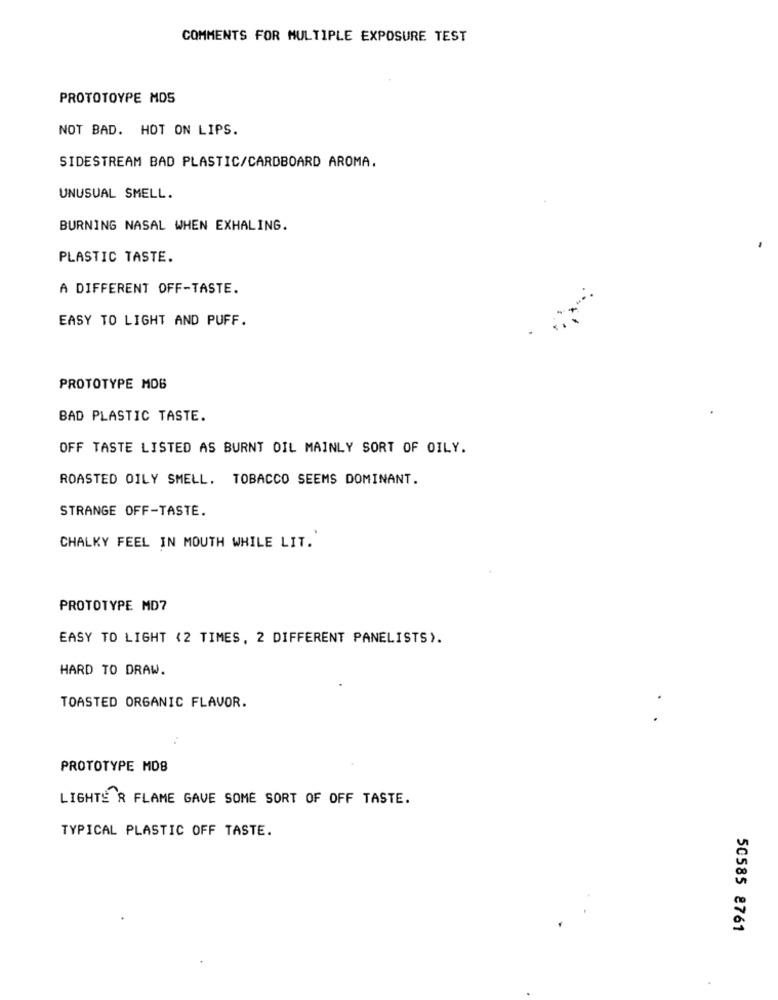
COMMENTS FOR MULTIPLE EXPOSURE TEST
PROTOTOYPE MOS
NOT BAD. HOT ON LIPS.
SIDESTREAM BAD PLASTIC/CARDBOARD AROMA.
UNUSUAL SMELL.
BURNING NASAL WHEN EXHALING.
PLASTIC TASTE.
A DIFFERENT OFF-TASTE.
EASY TO LIGHT AND PUFF.
PROTOTYPE MOB
BAD PLASTIC TASTE.
OFF TASTE LISTED AS BURNT OIL MAINLY SORT OF OILY.
ROASTED OILY SMELL. TOBACCO SEEMS DOMINANT.
STRANGE OFF-TASTE.
CHALKY FEEL IN MOUTH WHILE LIT.
PROTOTYPE MD7
EASY TO LIGHT (2 TIMES, 2 DIFFERENT PANELISTS).
HARD TO DRAW.
TOASTED ORGANIC FLAVOR.
PROTOTYPE MDB
LIGHTER FLAME GAVE SOME SORT OF OFF TASTE.
TYPICAL PLASTIC OFF TASTE.
50585 8761